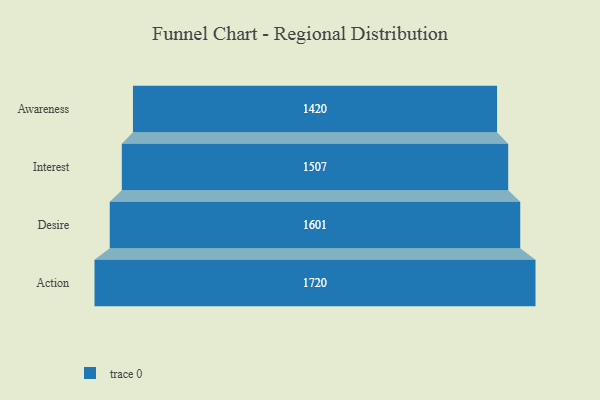
{"axis": {"x": "Stage", "y": "Value"}, "legend": [""], "data": [{"x": "Awareness", "y": 1420.0, "type": ""}, {"x": "Interest", "y": 1507.0, "type": ""}, {"x": "Desire", "y": 1601.0, "type": ""}, {"x": "Action", "y": 1720.0, "type": ""}]}